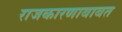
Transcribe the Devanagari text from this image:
राजकारणाबाबत